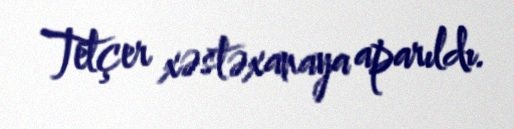
Tetçer xəstəxanaya aparıldı.